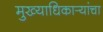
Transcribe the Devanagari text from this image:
मुख्याधिकार्‍यांचा